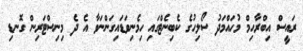
ރައީސް އިބްރާހިމް މުހައްމަދު ސޯލިހުގެ ކެބިނެޓްގައި ހިމެނިވަޑައިގަންނަވާ އެ ދެ މިނިސްޓަރިން ގޮނޑި